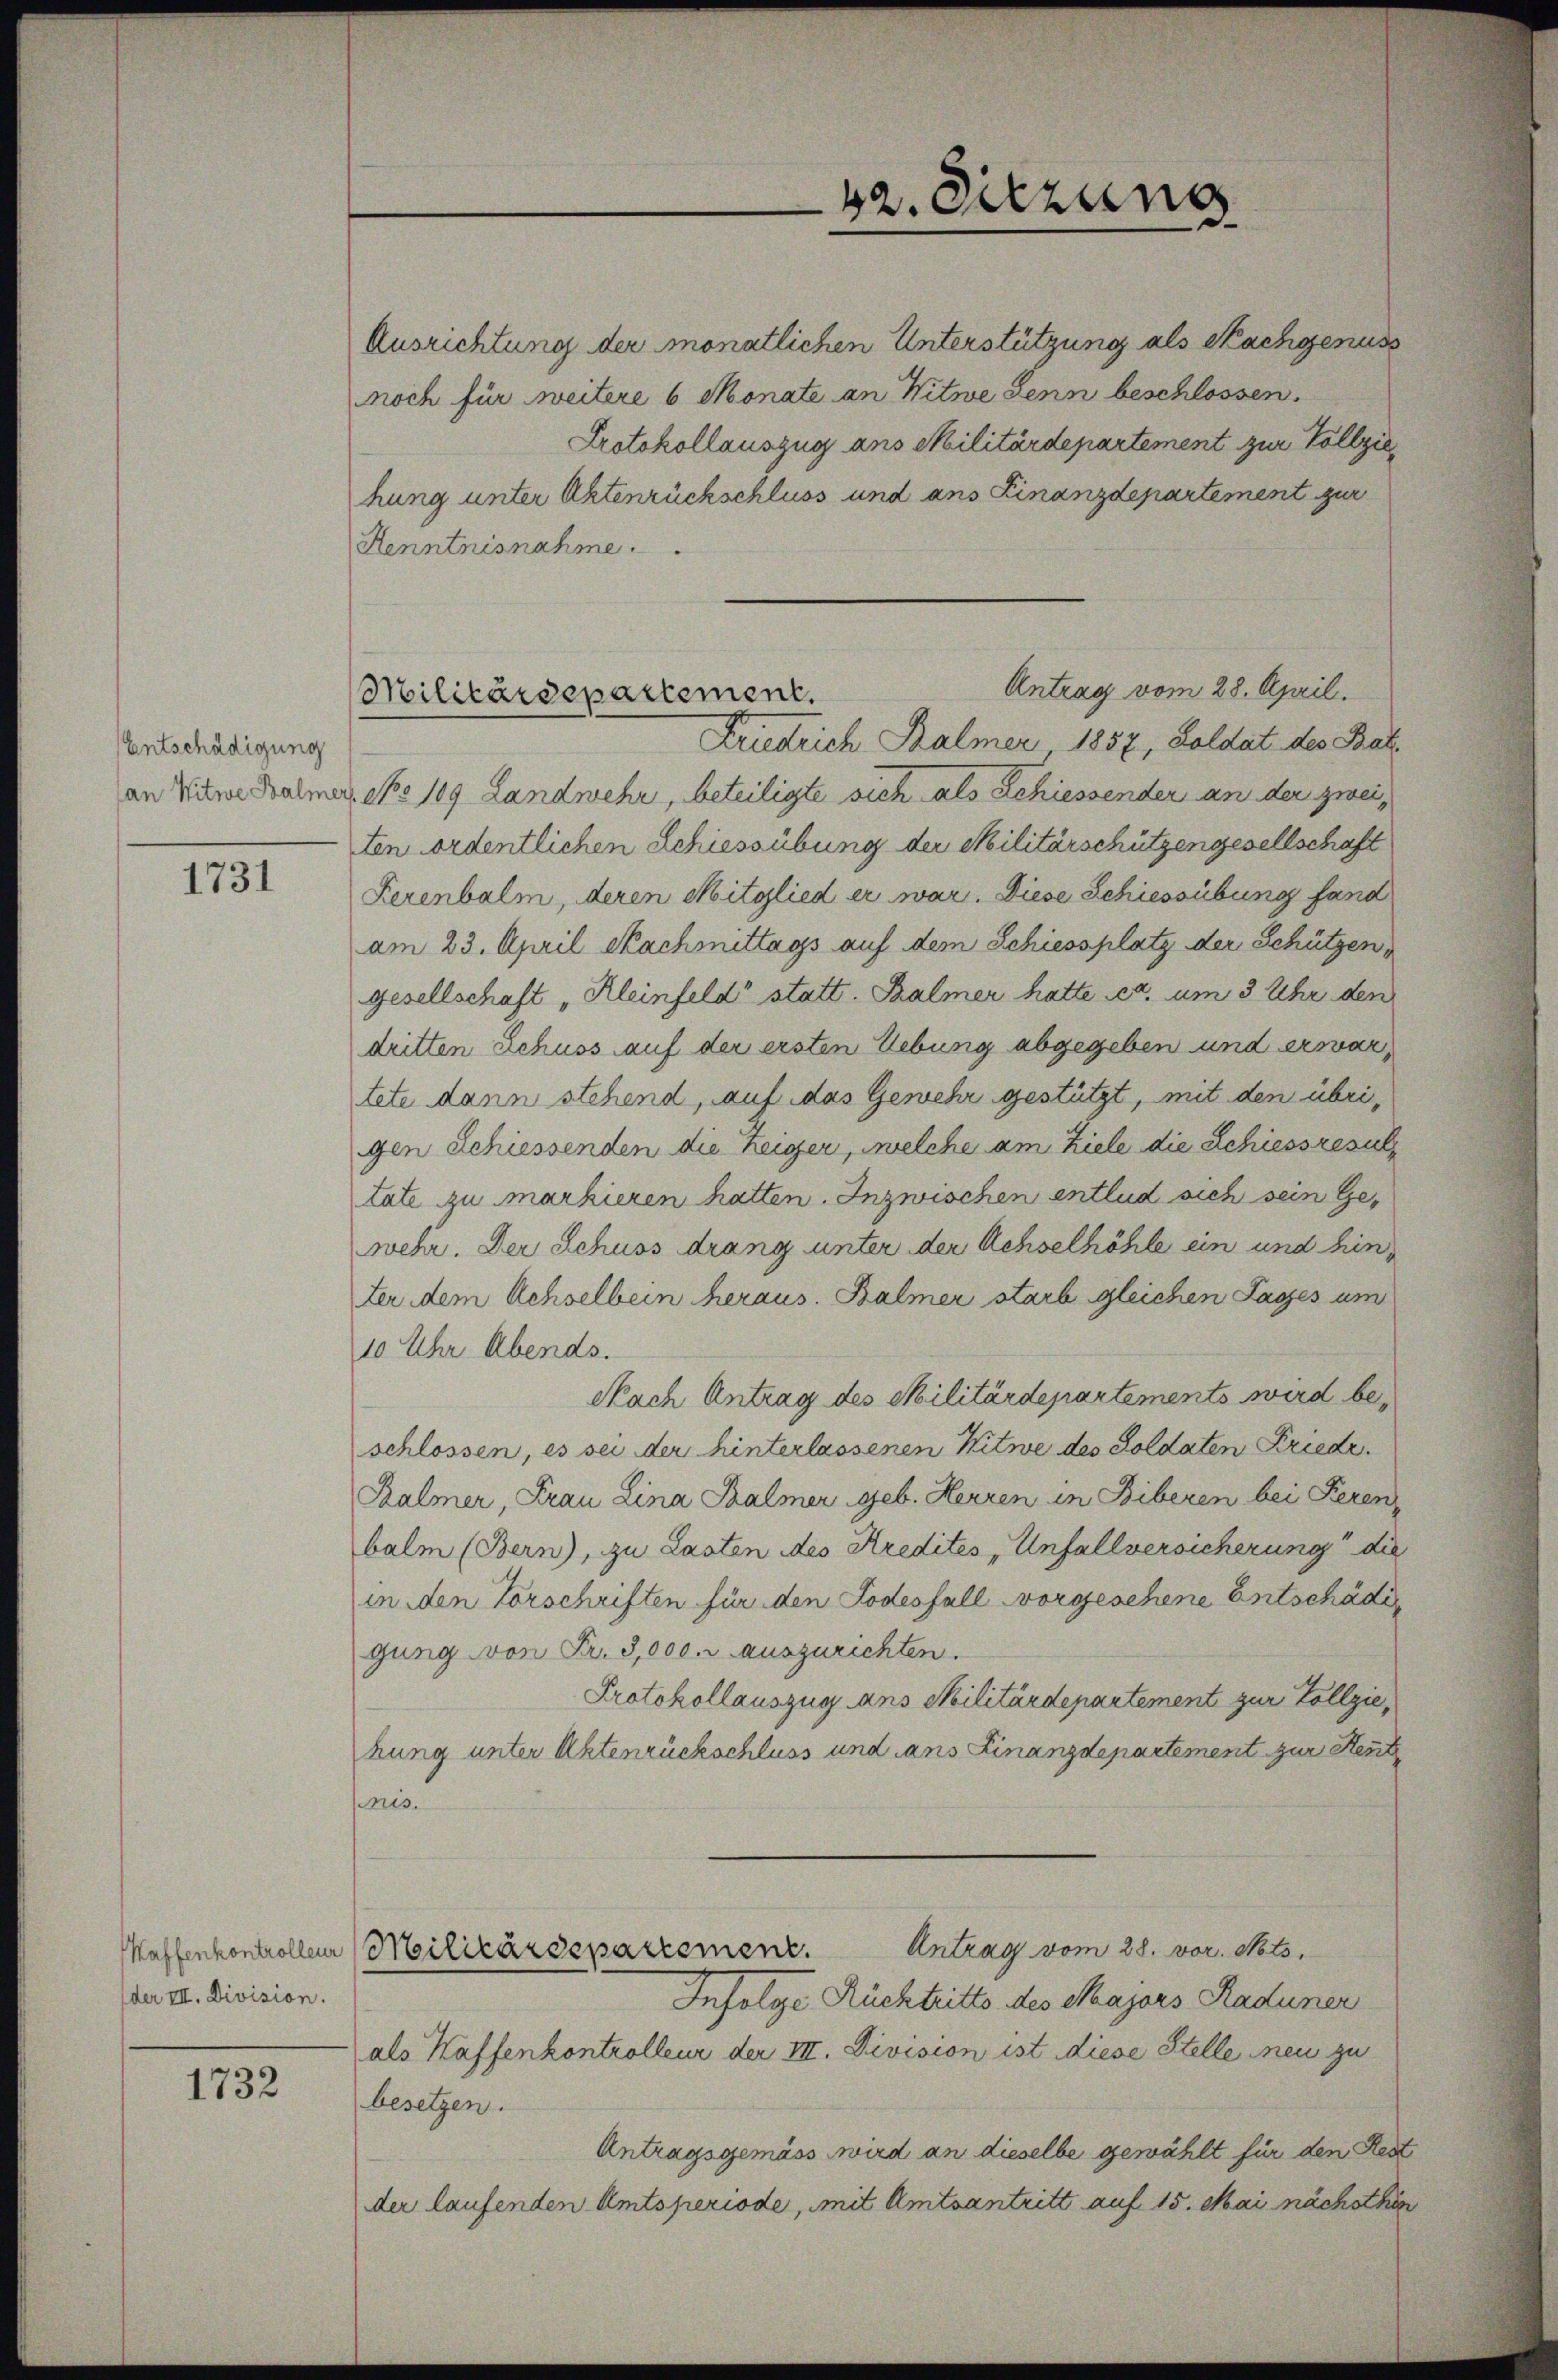
Entschädigung
an Witwe Balmer

1731

der III. Division.

1732

42. Sitzung

Antrag vom 28. April.
Militärdepartement.

Ausrichtung der monatlichen Unterstützung als Nachgenuss
noch für weitere 6 Monate an Witwe Senn beschlossen.
Protokollauszug aus Militärdepartement zur Vollziehung unter Aktenrückschluss und ans Finanzdepartement zur
Kenntnisnahme
Friedrich Balmer 1857, Soldat des Bal
No 109 Landwehr, beteiligte sich als Schiessender an der zweiten ordentlichen Schiessübung der Militärschützengesellschaft
Serenbalm, deren Mitglied er war. Diese Schiessübung fand
am 23. April Nachmittags auf dem Schiessplatz der Schützen,
gesellschaft „Kleinfeld“ statt. Balmer hatte er, um 3 Uhr den
dritten Schuss auf der ersten Uebung abgegeben und erwartete dann stehend, auf das Gewehr gestützt, mit den übrigen Schiessenden die Leiger, welche am Ziele die Schiessresul
tate zu markieren hatten. Inzwischen entlud sich sein Gewehr. Der Schuss drang unter der Achselhöhle ein und hinter dem Achselbein heraus. Balmer starb gleichen Lasses um
10 Uhr Abends.
Nach Antrag des Militärdepartements wird beschlossen, es sei der hinterlassenen Witwe des Soldaten Friede
Balmer, Frau Lina Balmer geb. Herren in Biberen bei Seren
balm (Bern), zu Lasten des Kredites „Unfallversicherung die
in den Vorschriften für den Todesfall vorgesehene Entschädi
gung von Fr. 3,000. auszurichten.
Protokollauszug ans Militärdepartement zur Vollzie
hung unter Aktenrückschluss und ans Finanzdepartement zur Sent
pris
Antrag vom 28. vor. Mts.
Kaffenkontrollen Militärdepartement.
Infolge Rücktritte des Majors Raduner
als Haffenkontrolleur der III. Division ist diese Stelle neu zu
besetzen.
Antragsgemäss wird an dieselbe gewählt für den Rest
der laufenden Amtsperiode, mit Amtsantritt auf 15. Mai nächsthin